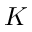
K